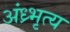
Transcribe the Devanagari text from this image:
अंध्र्भृत्य